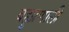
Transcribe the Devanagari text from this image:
बहुप्रणाली